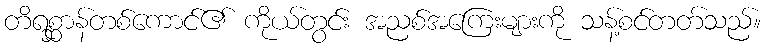
တိရစ္ဆာန်တစ်ကောင်၏ ကိုယ်တွင်း အညစ်အကြေးများကို သန့်စင်တတ်သည်။